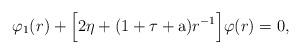
LaTeX: \begin{align*}\varphi_{1}(r)+\Big[2\eta+(1+\tau+\mathrm{a})r^{-1}\Big]\varphi(r)=0, \end{align*}